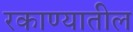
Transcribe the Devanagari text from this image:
रकाण्यातील